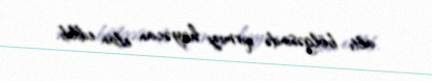
altı bölgəsində qırmızı həyəcan elan edilib.